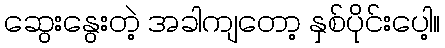
ဆွေးနွေးတဲ့ အခါကျတော့ နှစ်ပိုင်းပေါ့။